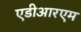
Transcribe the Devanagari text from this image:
एडीआरएम